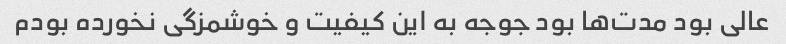
عالی بود مدت‌ها بود جوجه به این کیفیت و خوشمزگی نخورده بودم